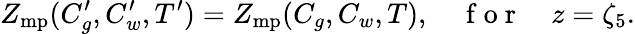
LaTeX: Z_{\mathrm{mp}}(C_{g}^{\prime},C_{w}^{\prime},T^{\prime})=Z_{\mathrm{mp}}(C_{g},C_{w},T),\quad\mathrm{~f~o~r~}\quad z=\zeta_{5}.